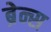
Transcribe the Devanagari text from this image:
ब्रेन्स